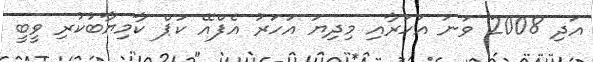
އަދި 2008 ވަނަ އަހަރާއި މިދިޔަ އަހަރު އެފްއޭ ކަޕް ކާމިޔާބުކުރި ވީބީ